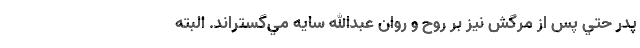
پدر حتي پس از مرگش نيز بر روح و روان عبدالله سايه مي‌گستراند. البته